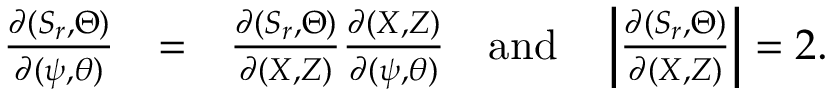
\begin{array} { r l r } { \frac { \partial ( S _ { r } , \Theta ) } { \partial ( \psi , \theta ) } } & { = } & { \frac { \partial ( S _ { r } , \Theta ) } { \partial ( X , Z ) } \frac { \partial ( X , Z ) } { \partial ( \psi , \theta ) } ~ ~ ~ \mathrm { a n d } ~ ~ ~ \left| \frac { \partial ( S _ { r } , \Theta ) } { \partial ( X , Z ) } \right| = 2 . } \end{array}